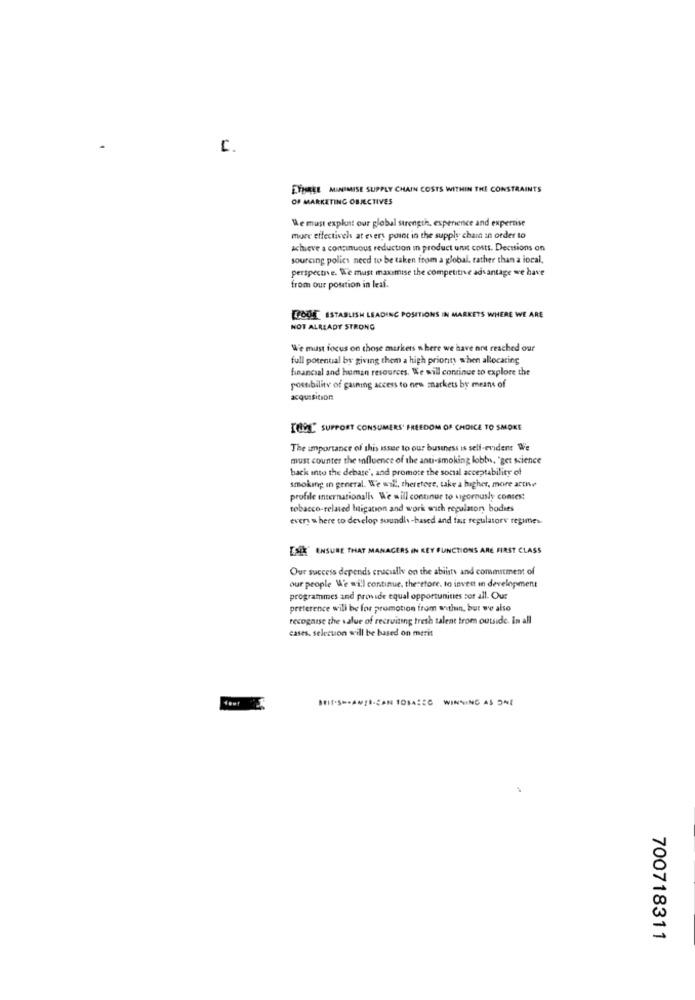
c.
EYIMREE MINIMISE SUPPLY CHAIN COSTS WITHIN THE CONSTRAINTS
OF MARKETING OBJECTIVES
"e must explust our global strength, experience and expertise
more effectiveh at every point in the supply chain in order to
achieve a continuous reduction In product unit costs. Decisions on
sourcing policy need to be taken from a global, rather than a local,
perspective. We must maximise the competitive advantage we have
from our position in leaf.
EZODE ESTABLISH LEADING POSITIONS IN MARKETS WHERE WE ARE
NOT ALREADY STRONG
We must focus on those markers where we have not reached our
full potential by giving them a high priority when allocating
financial and human resources. We will continue to explore the
possibility of gasning access to new markets by means of
acquisition
[891" SUPPORT CONSUMERS' FREEDOM OF CHOICE TO SMOKE
The importance of this issue to our business is self-evident We
must counter the influence of the anti-smoking lobby, "get science
back into the debare', and promote the socal acceptability of
smoking in general. We will, therefore, take a higher, more arthe
profile internationalk We will continue to vigorously conses:
tobacco-related litigation and work with regulatony bodies
every u here to develop soundl-based and fait regulatorv regimes
[Si' ENSURE THAT MANA
ERS IN KEY FUNCTIONS ARE FIRST CLASS
Our success depends enacually on the abiists and commitment of
our people We will continue, therefore, to invest in development
programmes and provide equal opportunities sor all. Our
preterence will be for promotion from within, but we also
recognise the value of recruiting tresh talent trom outside. In all
cases, selection will be based on merit
E
700718311